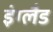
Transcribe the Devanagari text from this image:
इंग्लैड